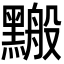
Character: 𪒋